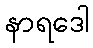
နာရဒေါ